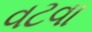
વટવા